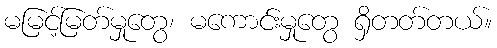
မမြင့်မြတ်မှုတွေ၊ မကောင်းမှုတွေ ရှိတတ်တယ်။